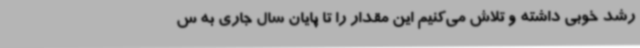
رشد خوبی داشته و تلاش می‌کنیم این مقدار را تا پایان سال جاری به س